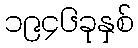
၁၉၄၆ခုနှစ်